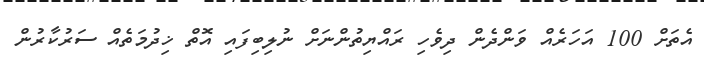
އެތަށް 100 އަހަރެއް ވަންދެން ދިވެހި ރައްޔިތުންނަށް ނުލިބިފައި އޮތް ޚިދުމަތެއް ސަރުކާރުން